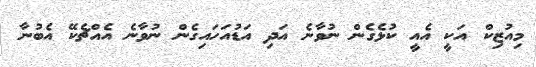
މިއުޒިކް އަކީ އެއީ ކުޅެގެން ނުވާނެ އަދި އަޑުއަހައިގެން ނުވާނެ އެއްޗެކޭ އެބުނާ